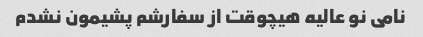
نامی نو عالیه هیچوقت از سفارشم پشیمون نشدم